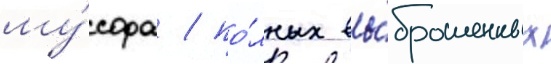
му́сора / по́лных вы́брошенных